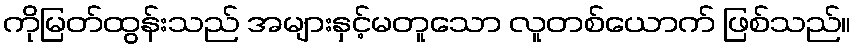
ကိုမြတ်ထွန်းသည် အများနှင့်မတူသော လူတစ်ယောက် ဖြစ်သည်။